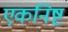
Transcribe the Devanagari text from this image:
एकनिष्ट